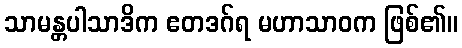
သာမန္တပါသာဒိက ဧတဒဂ်ရ မဟာသာဝက ဖြစ်၏။